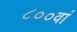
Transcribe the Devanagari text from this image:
८००वां